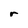
Character: r